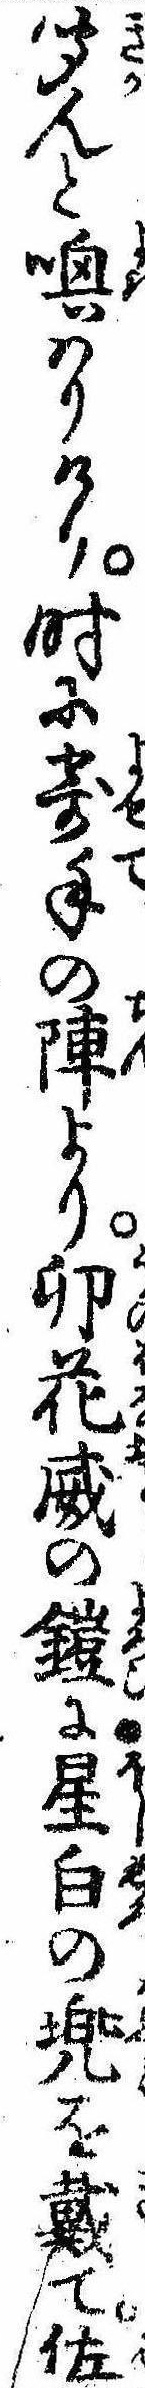
聞んと喚はりけり時に寄手の陣より卯花威の鎧に星白の兜を戴て佐